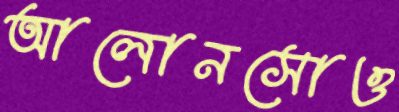
আলোনসোও